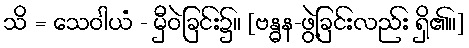
သိ = သေဝါယံ - မှီဝဲခြင်း၌။ [ဗန္ဓန-ဖွဲ့ခြင်းလည်း ရှိ၏။]